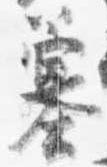
簺